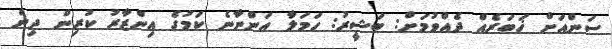
ސަންއަށް ޚަބަރެއް ދެއްވުމަށް: ބަޝީރު: ހަމަލާ އަންނާނެ ކަމުގެ އިންޒާރު ކުރިން ދިން